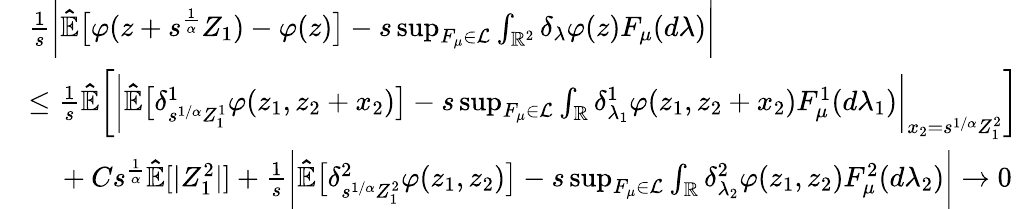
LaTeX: \begin{array}{rl}&{\frac{1}{s}\bigg\vert\mathbb{\hat{E}}\big[\varphi(z+s^{\frac{1}{\alpha}}Z_{1})-\varphi(z)\big]-s\operatorname*{sup}_{F_{\mu}\in\mathcal{L}}\int_{\mathbb{R}^{2}}\delta_{\lambda}\varphi(z)F_{\mu}(d\lambda)\bigg\vert}\\ &{\leq\frac{1}{s}\mathbb{\hat{E}}\bigg[\bigg\vert\mathbb{\hat{E}}\big[\delta_{s^{1/\alpha}Z_{1}^{1}}^{1}\varphi(z_{1},z_{2}+x_{2})\big]-s\operatorname*{sup}_{F_{\mu}\in\mathcal{L}}\int_{\mathbb{R}}\delta_{\lambda_{1}}^{1}\varphi(z_{1},z_{2}+x_{2})F_{\mu}^{1}(d\lambda_{1})\bigg\vert_{x_{2}=s^{1/\alpha}Z_{1}^{2}}\bigg]}\\ &{\mathrm{~\ ~\ }+Cs^{\frac{1}{\alpha}}\mathbb{\hat{E}}[|Z_{1}^{2}|]+\frac{1}{s}\bigg\vert\mathbb{\hat{E}}\big[\delta_{s^{1/\alpha}Z_{1}^{2}}^{2}\varphi(z_{1},z_{2})\big]-s\operatorname*{sup}_{F_{\mu}\in\mathcal{L}}\int_{\mathbb{R}}\delta_{\lambda_{2}}^{2}\varphi(z_{1},z_{2})F_{\mu}^{2}(d\lambda_{2})\bigg\vert\rightarrow 0}\end{array}